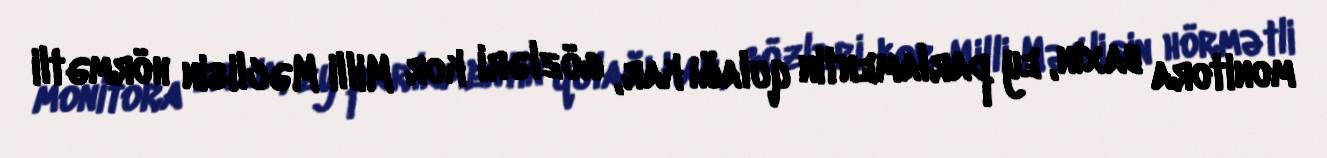
monitora baxın, ey parlamentin qulağı kar, gözləri kor Milli Məclisin hörmətli